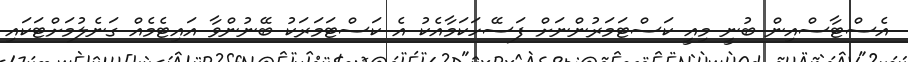
އެސްޓާސްއިން ބުނީ މިއީ ކަސްޓަމަރުންނަށް ފަސޭހަކަމާއެކު އެ ކަސްޓަމަރަކު ބޭނުންވާ އައިޓެމެއް ގަނެލުމަށްޓަކައި